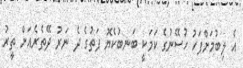
އެ ލިބުމަށްފަހު ހުސޭނުގެ ކަމަކީ ބަނބުކެޔޮ ފަތުގެ ދެ ނަރު ދޭތެރެއަށް ތީރު